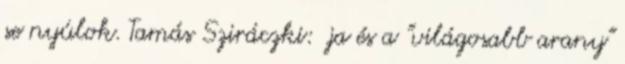
se nyúlok. Tamás Sziráczki: .ja és a "világosabb arany"